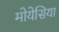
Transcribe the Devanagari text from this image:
मोयेसिया